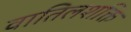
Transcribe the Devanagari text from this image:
वातिलशक्ति